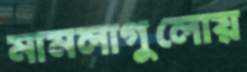
মামলাগুলোয়